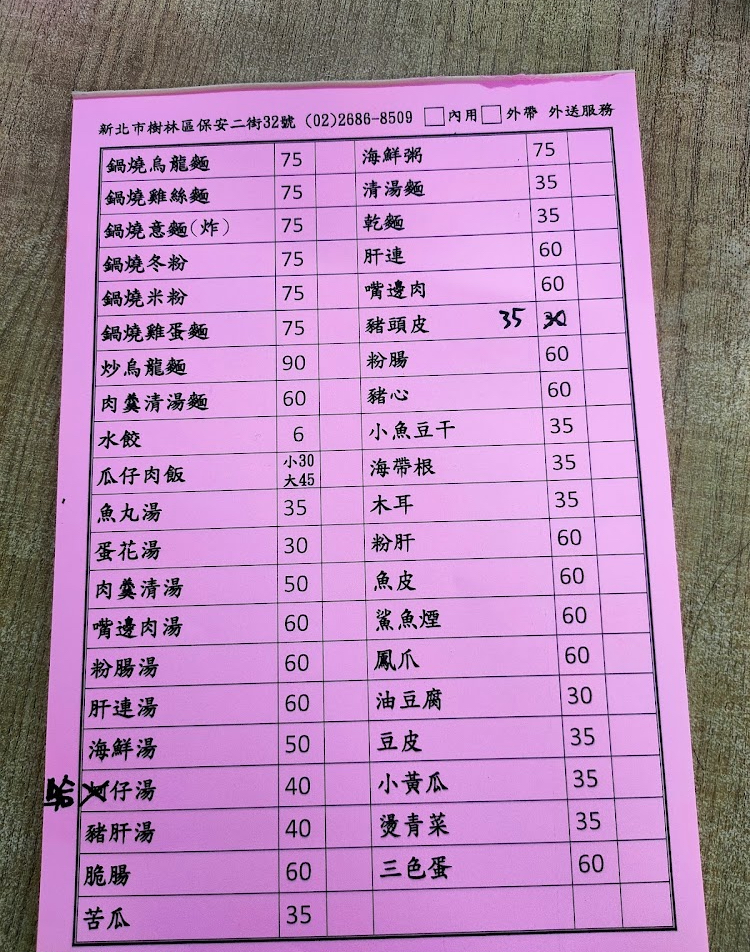
地址：新北市樹林區保安二街32號
電話：(02)2686-8509
菜單：
name: 鍋燒烏龍麵
price: 75
name: 鍋燒雞絲麵
price: 75
name: 鍋燒意麵(炸)
price: 75
name: 鍋燒冬粉
price: 75
name: 鍋燒米粉
price: 75
name: 鍋燒雞蛋麵
price: 75
name: 炒烏龍麵
price: 90
name: 肉羹清湯麵
price: 60
name: 水餃
price: 6
name: 瓜仔肉飯小
price: 30,
name: 瓜仔肉飯大
price: 45
name: 魚丸湯
price: 35
name: 蛋花湯
price: 30
name: 肉羹清湯
price: 50
name: 嘴邊肉湯
price: 60
name: 粉腸湯
price: 60
name: 肝連湯
price: 60
name: 海鮮湯
price: 50
name: 蛤仔湯
price: 40
name: 豬肝湯
price: 40
name: 脆腸
price: 60
name: 苦瓜
price: 35
name: 海鮮粥
price: 75
name: 清湯麵
price: 35
name: 乾麵
price: 35
name: 肝連
price: 60
name: 嘴邊肉
price: 60
name: 豬頭皮
price: 35
name: 粉腸
price: 60
name: 豬心
price: 60
name: 小魚豆干
price: 35
name: 海帶根
price: 35
name: 木耳
price: 35
name: 粉肝
price: 60
name: 魚皮
price: 60
name: 鯊魚煙
price: 60
name: 鳳爪
price: 60
name: 油豆腐
price: 30
name: 豆皮
price: 35
name: 小黃瓜
price: 35
name: 燙青菜
price: 35
name: 三色蛋
price: 60